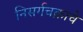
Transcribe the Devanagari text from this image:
निसर्गचक्राचे